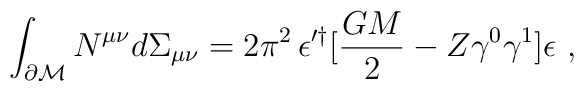
\int_{\partial{\cal M}}N^{\mu\nu}d\Sigma_{\mu\nu}=2\pi^2 \, \epsilon^{\prime\dagger}[{GM\over2}-Z\gamma^0\gamma^1]\epsilon\ ,